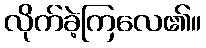
လိုက်ခဲ့ကြလေ၏။